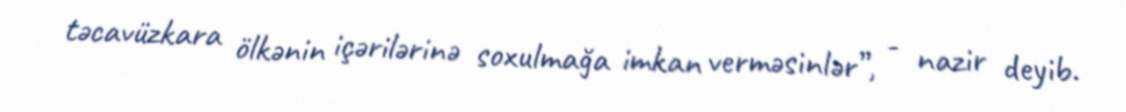
təcavüzkara ölkənin içərilərinə soxulmağa imkan verməsinlər”, - nazir deyib.